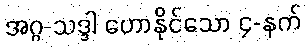
အဂ္ဂ-သဒ္ဒါ ဟောနိုင်သော ၄-နက်